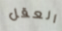
العقل